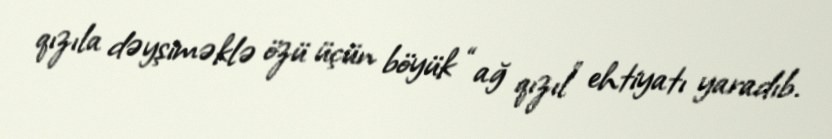
qızıla dəyşiməklə özü üçün böyük “ağ qızıl” ehtiyatı yaradıb.